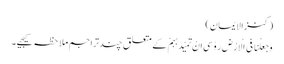
(کنزالایمان)
وَجَعَلْنَا فِی الْاَرْضِ رَوٰسِیَ اَنْ تَمِیْدَبِہِمْ کے متعلق چندتراجم ملاحظہ کیجیے۔